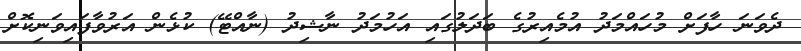
ދެވަނަ ހާފަށް މުހައްމަދު އުމެއިރުގެ ބަދަލުގައި އަހުމަދު ނާޝިދު (ނާއްޓޭ) ކުޅެން އަރުވާފައިވަނިކޮށް